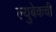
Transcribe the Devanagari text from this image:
ल्युबेकची